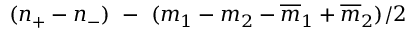
( n _ { + } - n _ { - } ) \ - \ ( m _ { 1 } - m _ { 2 } - { \overline { { { m } } } _ { 1 } } + { \overline { { { m } } } _ { 2 } } ) / 2